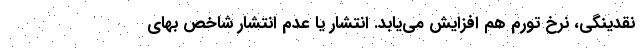
نقدینگی، نرخ تورم هم افزایش می‌یابد. انتشار یا عدم انتشار شاخص بهای